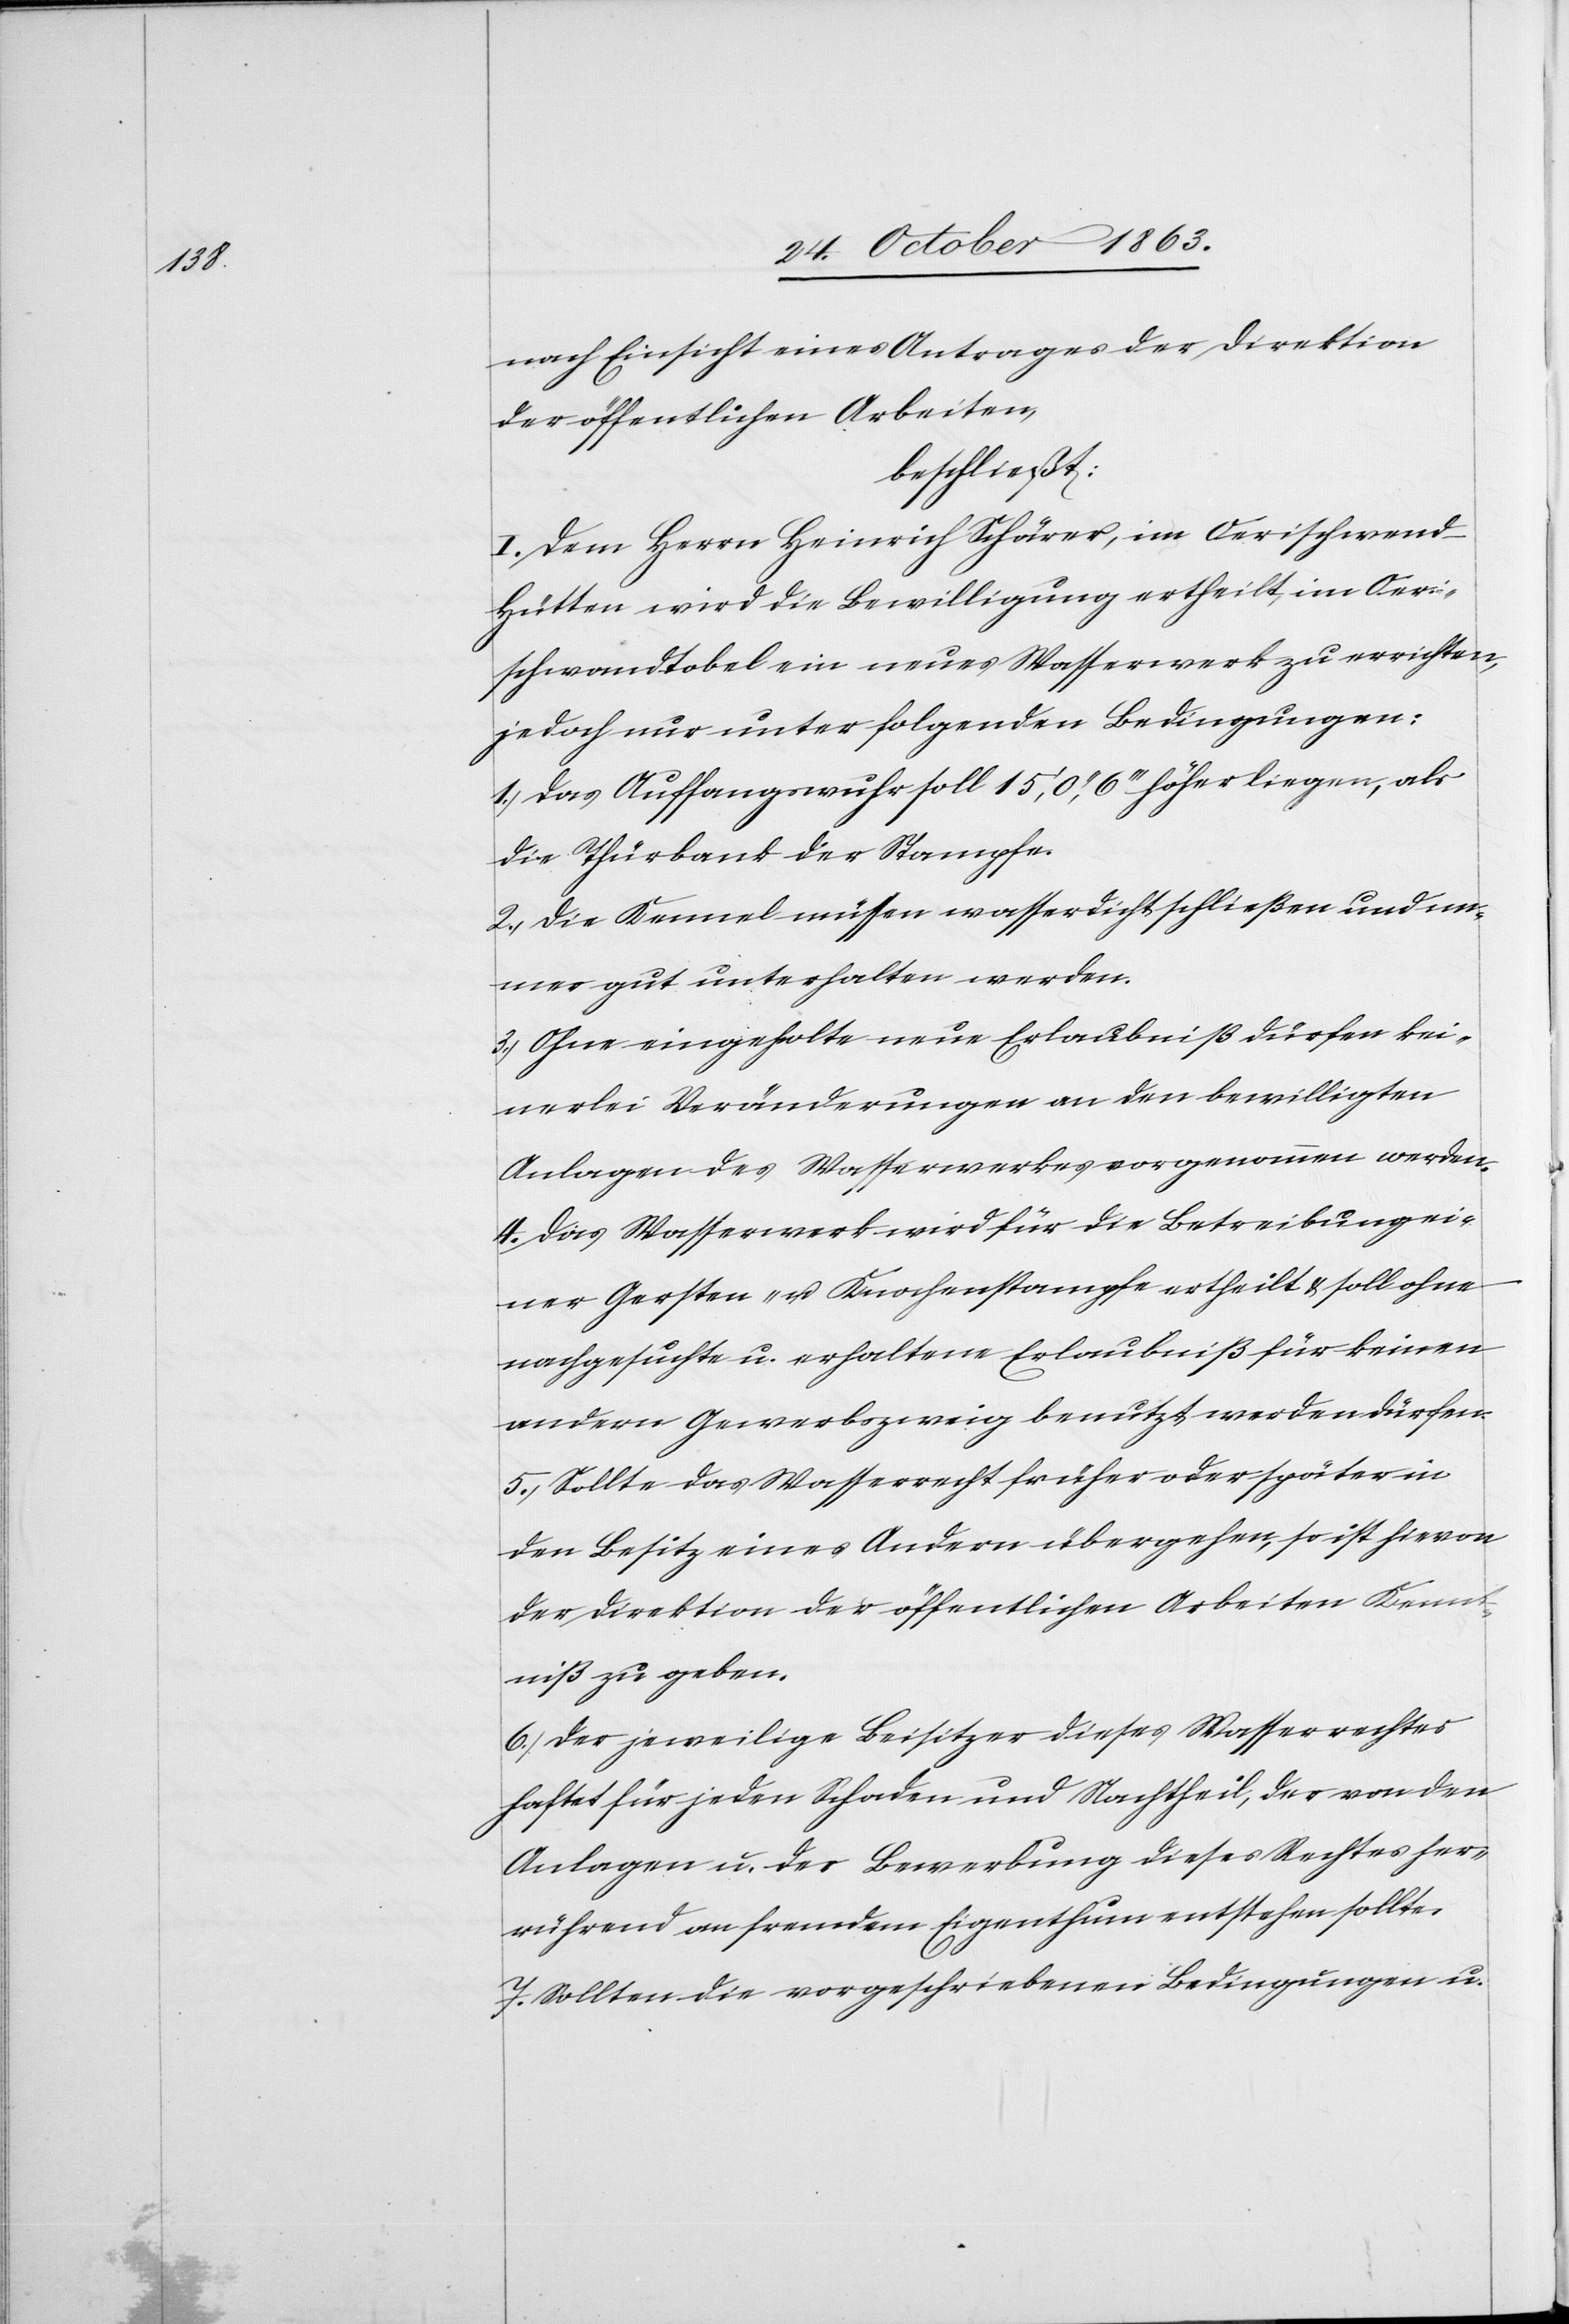
nach Einsicht eines Antrages der Direktion
der öffentlichen Arbeiten,
beschließt:
I. Dem Herrn Heinrich Schärer, im Oerischwend-H¬
ütten wird die Bewilligung ertheilt, im Oeri¬
schwandtobel ein neues Wasserwerk zu errichten,
jedoch nur unter folgenden Bedingungen:
1.) das Auffangswuhr soll 15', 0'', 6''' höher liegen, als
die Thürbank der Stampfe.
2.) die Kennel müssen wasserdicht schließen und im¬
mer gut unterhalten werden.
3.) Ohne eingeholte neue Erlaubniß dürfen kei¬
nerlei Veränderungen an den bewilligten
Anlagen des Wasserwerkes vorgenommen werden.
4.) Das Wasserwerk wird für die Betreibung ei¬
ner Gersten- u. Knochenstampfe ertheilt & soll ohne
nachgesuchte u. erhaltene Erlaubniß für keinen
andern Gewerbszweig benutzt werden dürfen.
5.) Sollte das Wasserrecht früher oder später in
den Besitz eines Andern übergehen, so ist hievon
der Direktion der öffentlichen Arbeiten Kennt¬
niß zu geben.
6.) Der jeweilige Beisitzer dieses Wasserrechtes
haftet für jeden Schaden und Nachtheil, der von den
Anlagen u. der Bewerbung dieses Rechtes her¬
rührend an fremdem Eigenthum entstehen sollte.
7.) Sollten die vorgeschriebenen Bedingungen u.